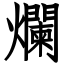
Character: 爛